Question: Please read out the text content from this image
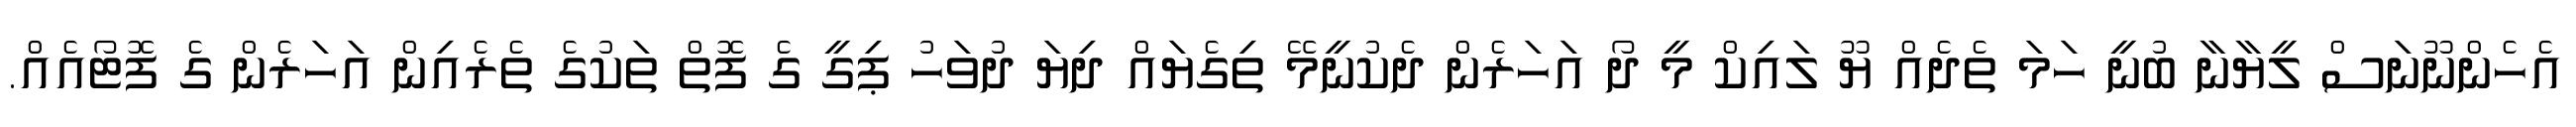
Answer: އެހެންނޫނަސް ލީޔާނާ ބުނީ ހަމަ ތެދެއް ޔޫ ލައިކް މީ ދޯ އަހަރެން ދެކުނީމޭ ތިގެޔައް ދިޔަ ދުވަހު ޕިގީ ގެ ފޮތް ތަކުގެ ތެރެއިން އަހަރެން ގެ ފޮޓޯއެއް.